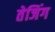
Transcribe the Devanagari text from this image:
तेजिंग